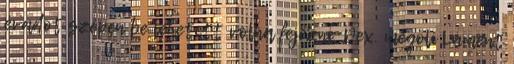
évadot szépen be lehetett volna fejezni: Dex. megöli Lument